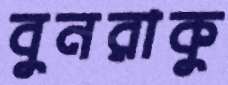
বুনরাকু